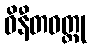
ဝိနီတဝတ္ထု